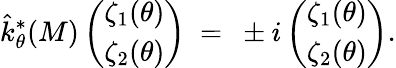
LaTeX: \hat{k}_{\theta}^{*}(M)\left(\begin{array}{c}{{\zeta_{1}(\theta)}}\\ {{\zeta_{2}(\theta)}}\end{array}\right)~=~\pm i\left(\begin{array}{c}{{\zeta_{1}(\theta)}}\\ {{\zeta_{2}(\theta)}}\end{array}\right).